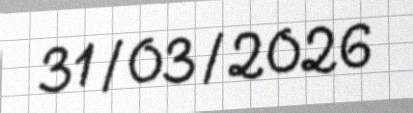
31/03/2026